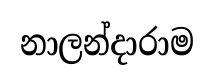
නාලන්දාරාම